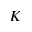
K